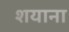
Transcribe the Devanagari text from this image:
शयाना